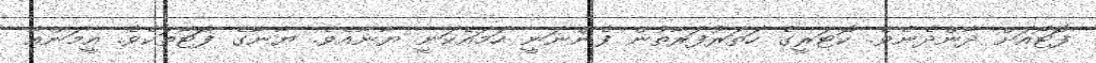
ފޮޓޯއަށް ދާންދެނެވެ. ކޮޓަރީގެ ހަތަރުފަރާތުން ފެންނަނީ ހަމައެކަނީ ޔާނާއެވެ. ޔާނާގެ ފޮޓޯތަކެވެ. އީމަންއާ